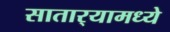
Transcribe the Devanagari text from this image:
सातार्‍यामध्ये